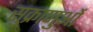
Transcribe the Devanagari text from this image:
सुक्राणुओं